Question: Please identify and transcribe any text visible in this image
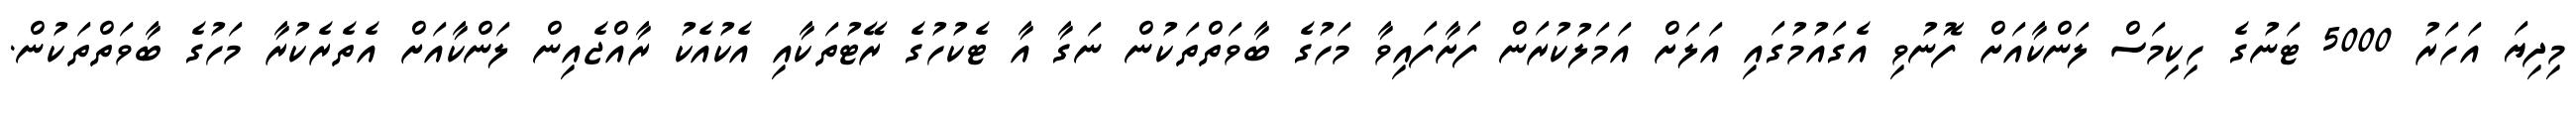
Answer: މިދިޔަ އަހަރު 5000 ޓަނުގެ ހިކިމަސް ލަންކާއަށް ފޮނުވި އެގައުމުގައި އަލަށް އަމަލުކުރަން ފަށާފައިވާ މަހުގެ ބާވަތްތަކުން ނަގާ އާ ޓެކުހުގެ ރޭޓުތަކާއި އެކުއެކު ރާއްޖެއިން ލަންކާއަށް އެތެރެކުރާ މަހުގެ ބާވަތްތަކުން.